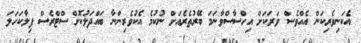
އެކަނިވެރިކަން އެއްވެސް ވަރަކަށް އިހްސާސްވާނަމަ ބޭރުތެރެއަށް ނުކުމެ އެކުވެރިންނާ ބައްދަލުކޮށް ސްޓްރެސް ފިލާކަހަލަ